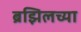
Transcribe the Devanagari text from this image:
ब्रझिलच्या